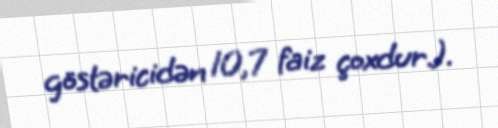
göstəricidən 10,7 faiz çoxdur.).